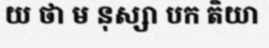
យ ថា ម នុស្សា បក តិយា